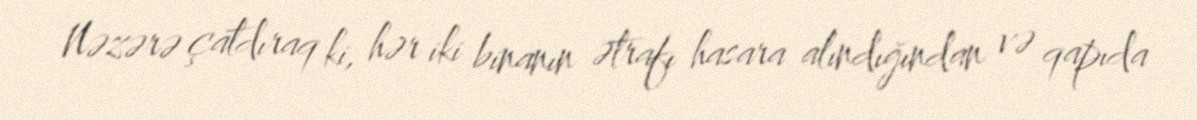
Nəzərə çatdıraq ki, hər iki binanın ətrafı hasara alındığından və qapıda